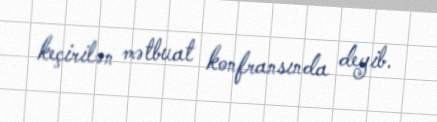
keçirilən mətbuat konfransında deyib.